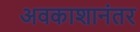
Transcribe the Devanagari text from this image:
अवकाशानंतर